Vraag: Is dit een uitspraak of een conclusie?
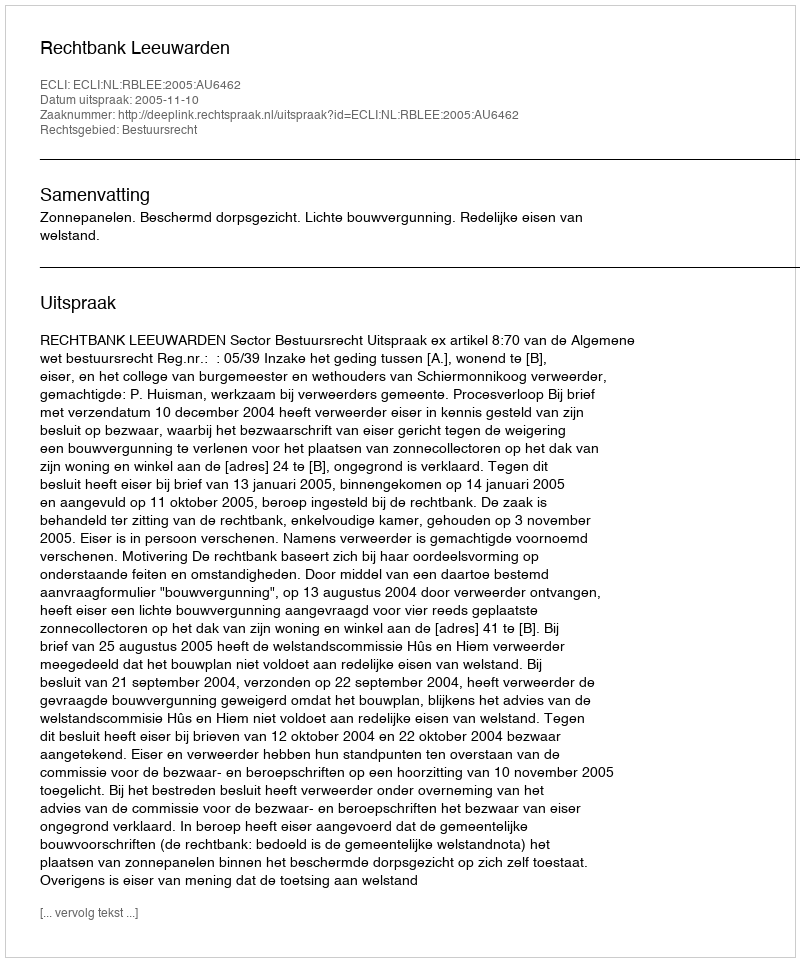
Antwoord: Uitspraak